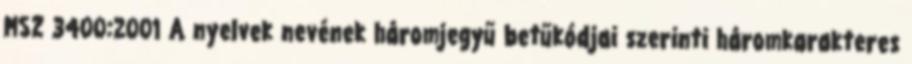
MSZ 3400:2001 A nyelvek nevének háromjegyű betűkódjai szerinti háromkarakteres